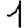
Digit: 1